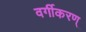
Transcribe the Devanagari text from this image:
वर्गीकरण्